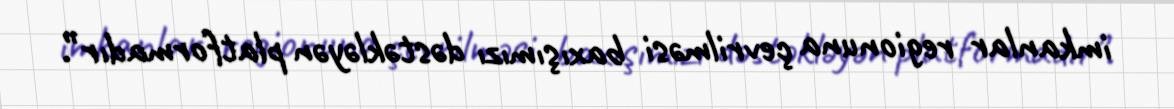
imkanlar regionuna çevrilməsi baxışımızı dəstəkləyən platformadır”.